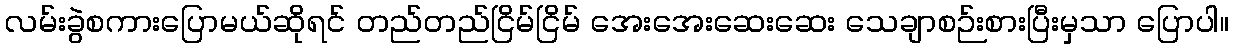
လမ်းခွဲစကားပြောမယ်ဆိုရင် တည်တည်ငြိမ်ငြိမ် အေးအေးဆေးဆေး သေချာစဉ်းစားပြီးမှသာ ပြောပါ။